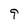
Character: 9